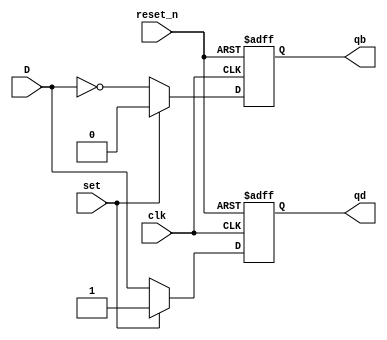
`timescale 1ns / 1ps
module D_FF(D, set, reset_n, clk, qd, qb);

  input D, set, reset_n, clk;
  output reg qd, qb;
  always @(posedge clk or negedge reset_n)
    begin
        if(reset_n==0)
        begin
            qd<=1'b0;
            qb<=1'b1;
        end
        else if(set)
            begin
                qd<=1'b1;
                qb<=1'b0;
            end
            else
            begin
                qd <= D;
                qb <= ~D;
            end
        end 
endmodule